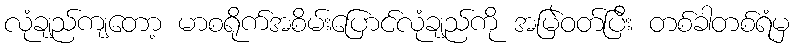
လုံချည်ကျတော့ မာစရိုက်အစိမ်းပြောင်လုံချည်ကို အမြဲဝတ်ပြီး တစ်ခါတစ်ရံမှ